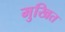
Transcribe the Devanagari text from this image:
मुखित